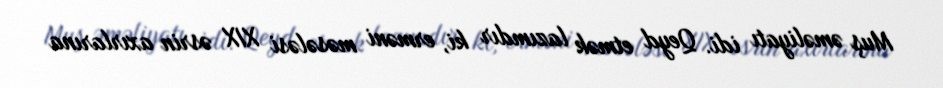
Muş əməliyatı idi. Qeyd etmək lazımdır ki, erməni məsələsi XIX əsrin axırlarına